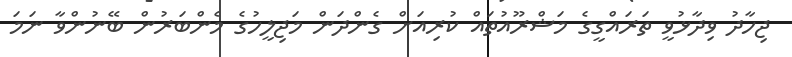
ޖިހާދު ވިދާޅުވީ ތަރައްގީގެ މަޝްރޫއުތައް ކުރިއަށް ގެންދަން މަޖިލީހުގެ މެންބަރުން ބޭނުންވާ ނަމަ